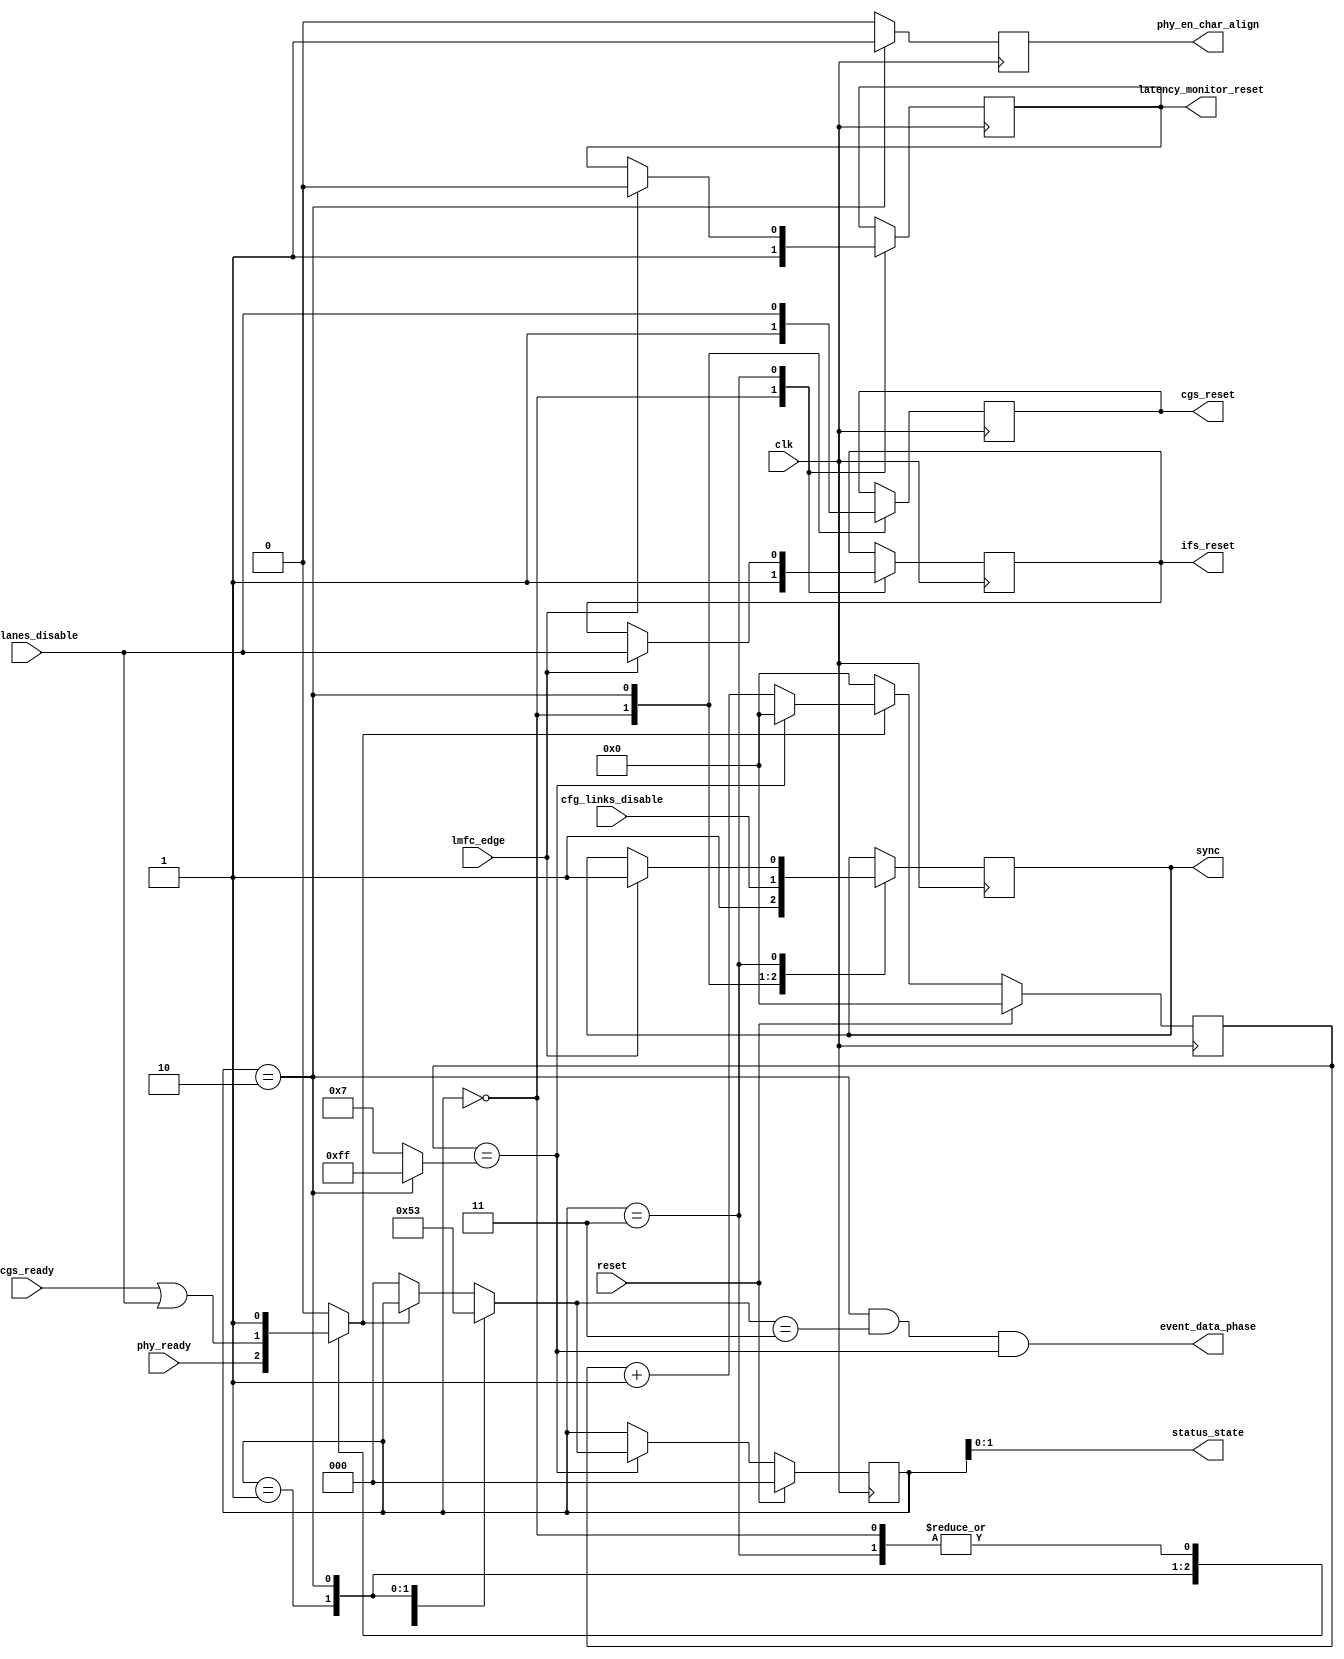
//
// The ADI JESD204 Core is released under the following license, which is
// different than all other HDL cores in this repository.
//
// Please read this, and understand the freedoms and responsibilities you have
// by using this source code/core.
//
// The JESD204 HDL, is copyright  2016-2017 Analog Devices Inc.
//
// This core is free software, you can use run, copy, study, change, ask
// questions about and improve this core. Distribution of source, or resulting
// binaries (including those inside an FPGA or ASIC) require you to release the
// source of the entire project (excluding the system libraries provide by the
// tools/compiler/FPGA vendor). These are the terms of the GNU General Public
// License version 2 as published by the Free Software Foundation.
//
// This core  is distributed in the hope that it will be useful, but WITHOUT ANY
// WARRANTY; without even the implied warranty of MERCHANTABILITY or FITNESS FOR
// A PARTICULAR PURPOSE. See the GNU General Public License for more details.
//
// You should have received a copy of the GNU General Public License version 2
// along with this source code, and binary.  If not, see
// <http://www.gnu.org/licenses/>.
//
// Commercial licenses (with commercial support) of this JESD204 core are also
// available under terms different than the General Public License. (e.g. they
// do not require you to accompany any image (FPGA or ASIC) using the JESD204
// core with any corresponding source code.) For these alternate terms you must
// purchase a license from Analog Devices Technology Licensing Office. Users
// interested in such a license should contact jesd204-licensing@analog.com for
// more information. This commercial license is sub-licensable (if you purchase
// chips from Analog Devices, incorporate them into your PCB level product, and
// purchase a JESD204 license, end users of your product will also have a
// license to use this core in a commercial setting without releasing their
// source code).
//
// In addition, we kindly ask you to acknowledge ADI in any program, application
// or publication in which you use this JESD204 HDL core. (You are not required
// to do so; it is up to your common sense to decide whether you want to comply
// with this request or not.) For general publications, we suggest referencing :
// The design and implementation of the JESD204 HDL Core used in this project
// is copyright  2016-2017, Analog Devices, Inc.
//

`timescale 1ns/100ps

module jesd204_rx_ctrl #(
  parameter NUM_LANES = 1,
  parameter NUM_LINKS = 1
) (
  input clk,
  input reset,

  input [NUM_LANES-1:0] cfg_lanes_disable,
  input [NUM_LINKS-1:0] cfg_links_disable,

  input phy_ready,

  output phy_en_char_align,

  output [NUM_LANES-1:0] cgs_reset,
  input [NUM_LANES-1:0] cgs_ready,

  output [NUM_LANES-1:0] ifs_reset,

  input lmfc_edge,

  output [NUM_LINKS-1:0] sync,
  output reg latency_monitor_reset,

  output [1:0] status_state,
  output event_data_phase
);

localparam STATE_RESET = 0;
localparam STATE_WAIT_FOR_PHY = 1;
localparam STATE_CGS = 2;
localparam STATE_SYNCHRONIZED = 3;

reg [2:0] state = STATE_RESET;
reg [2:0] next_state = STATE_RESET;

reg [NUM_LANES-1:0] cgs_rst = {NUM_LANES{1'b1}};
reg [NUM_LANES-1:0] ifs_rst = {NUM_LANES{1'b1}};
reg [NUM_LINKS-1:0] sync_n = {NUM_LINKS{1'b1}};
reg en_align = 1'b0;
reg state_good = 1'b0;

reg [7:0] good_counter = 'h00;

wire [7:0] good_cnt_limit_s;
wire       good_cnt_limit_reached_s;

assign cgs_reset = cgs_rst;
assign ifs_reset = ifs_rst;
assign sync = sync_n;
assign phy_en_char_align = en_align;

assign status_state = state;

always @(posedge clk) begin
  case (state)
  STATE_RESET: begin
    cgs_rst <= {NUM_LANES{1'b1}};
    ifs_rst <= {NUM_LANES{1'b1}};
    sync_n <= {NUM_LINKS{1'b1}};
    latency_monitor_reset <= 1'b1;
  end
  STATE_CGS: begin
    sync_n <= cfg_links_disable;
    cgs_rst <= cfg_lanes_disable;
  end
  STATE_SYNCHRONIZED: begin
    if (lmfc_edge == 1'b1) begin
      sync_n <= {NUM_LINKS{1'b1}};
      ifs_rst <= cfg_lanes_disable;
      latency_monitor_reset <= 1'b0;
    end
  end
  endcase
end

always @(*) begin
  case (state)
  STATE_RESET: state_good = 1'b1;
  STATE_WAIT_FOR_PHY: state_good = phy_ready;
  STATE_CGS: state_good = &(cgs_ready | cfg_lanes_disable);
  STATE_SYNCHRONIZED: state_good = 1'b1;
  default: state_good = 1'b0;
  endcase
end

assign good_cnt_limit_s = (state == STATE_CGS) ? 'hff : 'h7;
assign good_cnt_limit_reached_s = good_counter == good_cnt_limit_s;

always @(posedge clk) begin
  if (reset) begin
    good_counter <= 'h00;
  end else if (state_good == 1'b1) begin
    if (good_cnt_limit_reached_s) begin
      good_counter <= 'h00;
    end else begin
      good_counter <= good_counter + 1'b1;
    end
  end else begin
    good_counter <= 'h00;
  end
end

always @(posedge clk) begin
  case (state)
  STATE_CGS: en_align <= 1'b1;
  default: en_align <= 1'b0;
  endcase
end

always @(*) begin
  case (state)
  STATE_RESET: next_state = STATE_WAIT_FOR_PHY;
  STATE_WAIT_FOR_PHY: next_state = STATE_CGS;
  STATE_CGS: next_state = STATE_SYNCHRONIZED;
  default: next_state = state_good ? state : STATE_RESET;
  endcase
end

always @(posedge clk) begin
  if (reset == 1'b1) begin
    state <= STATE_RESET;
  end else begin
    if (good_cnt_limit_reached_s) begin
      state <= next_state;
    end
  end
end

assign event_data_phase = state == STATE_CGS &&
                          next_state == STATE_SYNCHRONIZED &&
                          good_cnt_limit_reached_s;

endmodule